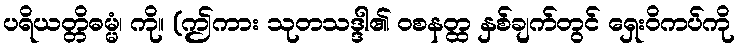
ပရိယတ္တိဓမ္မံ၊ ကို။ (ဤကား သုတသဒ္ဒါ၏ ဝစနတ္ထ နှစ်ချက်တွင် ရှေးဝိကပ်ကို